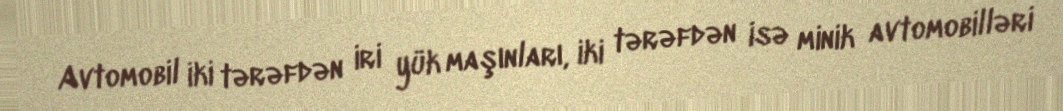
Avtomobil iki tərəfdən iri yük maşınları, iki tərəfdən isə minik avtomobilləri